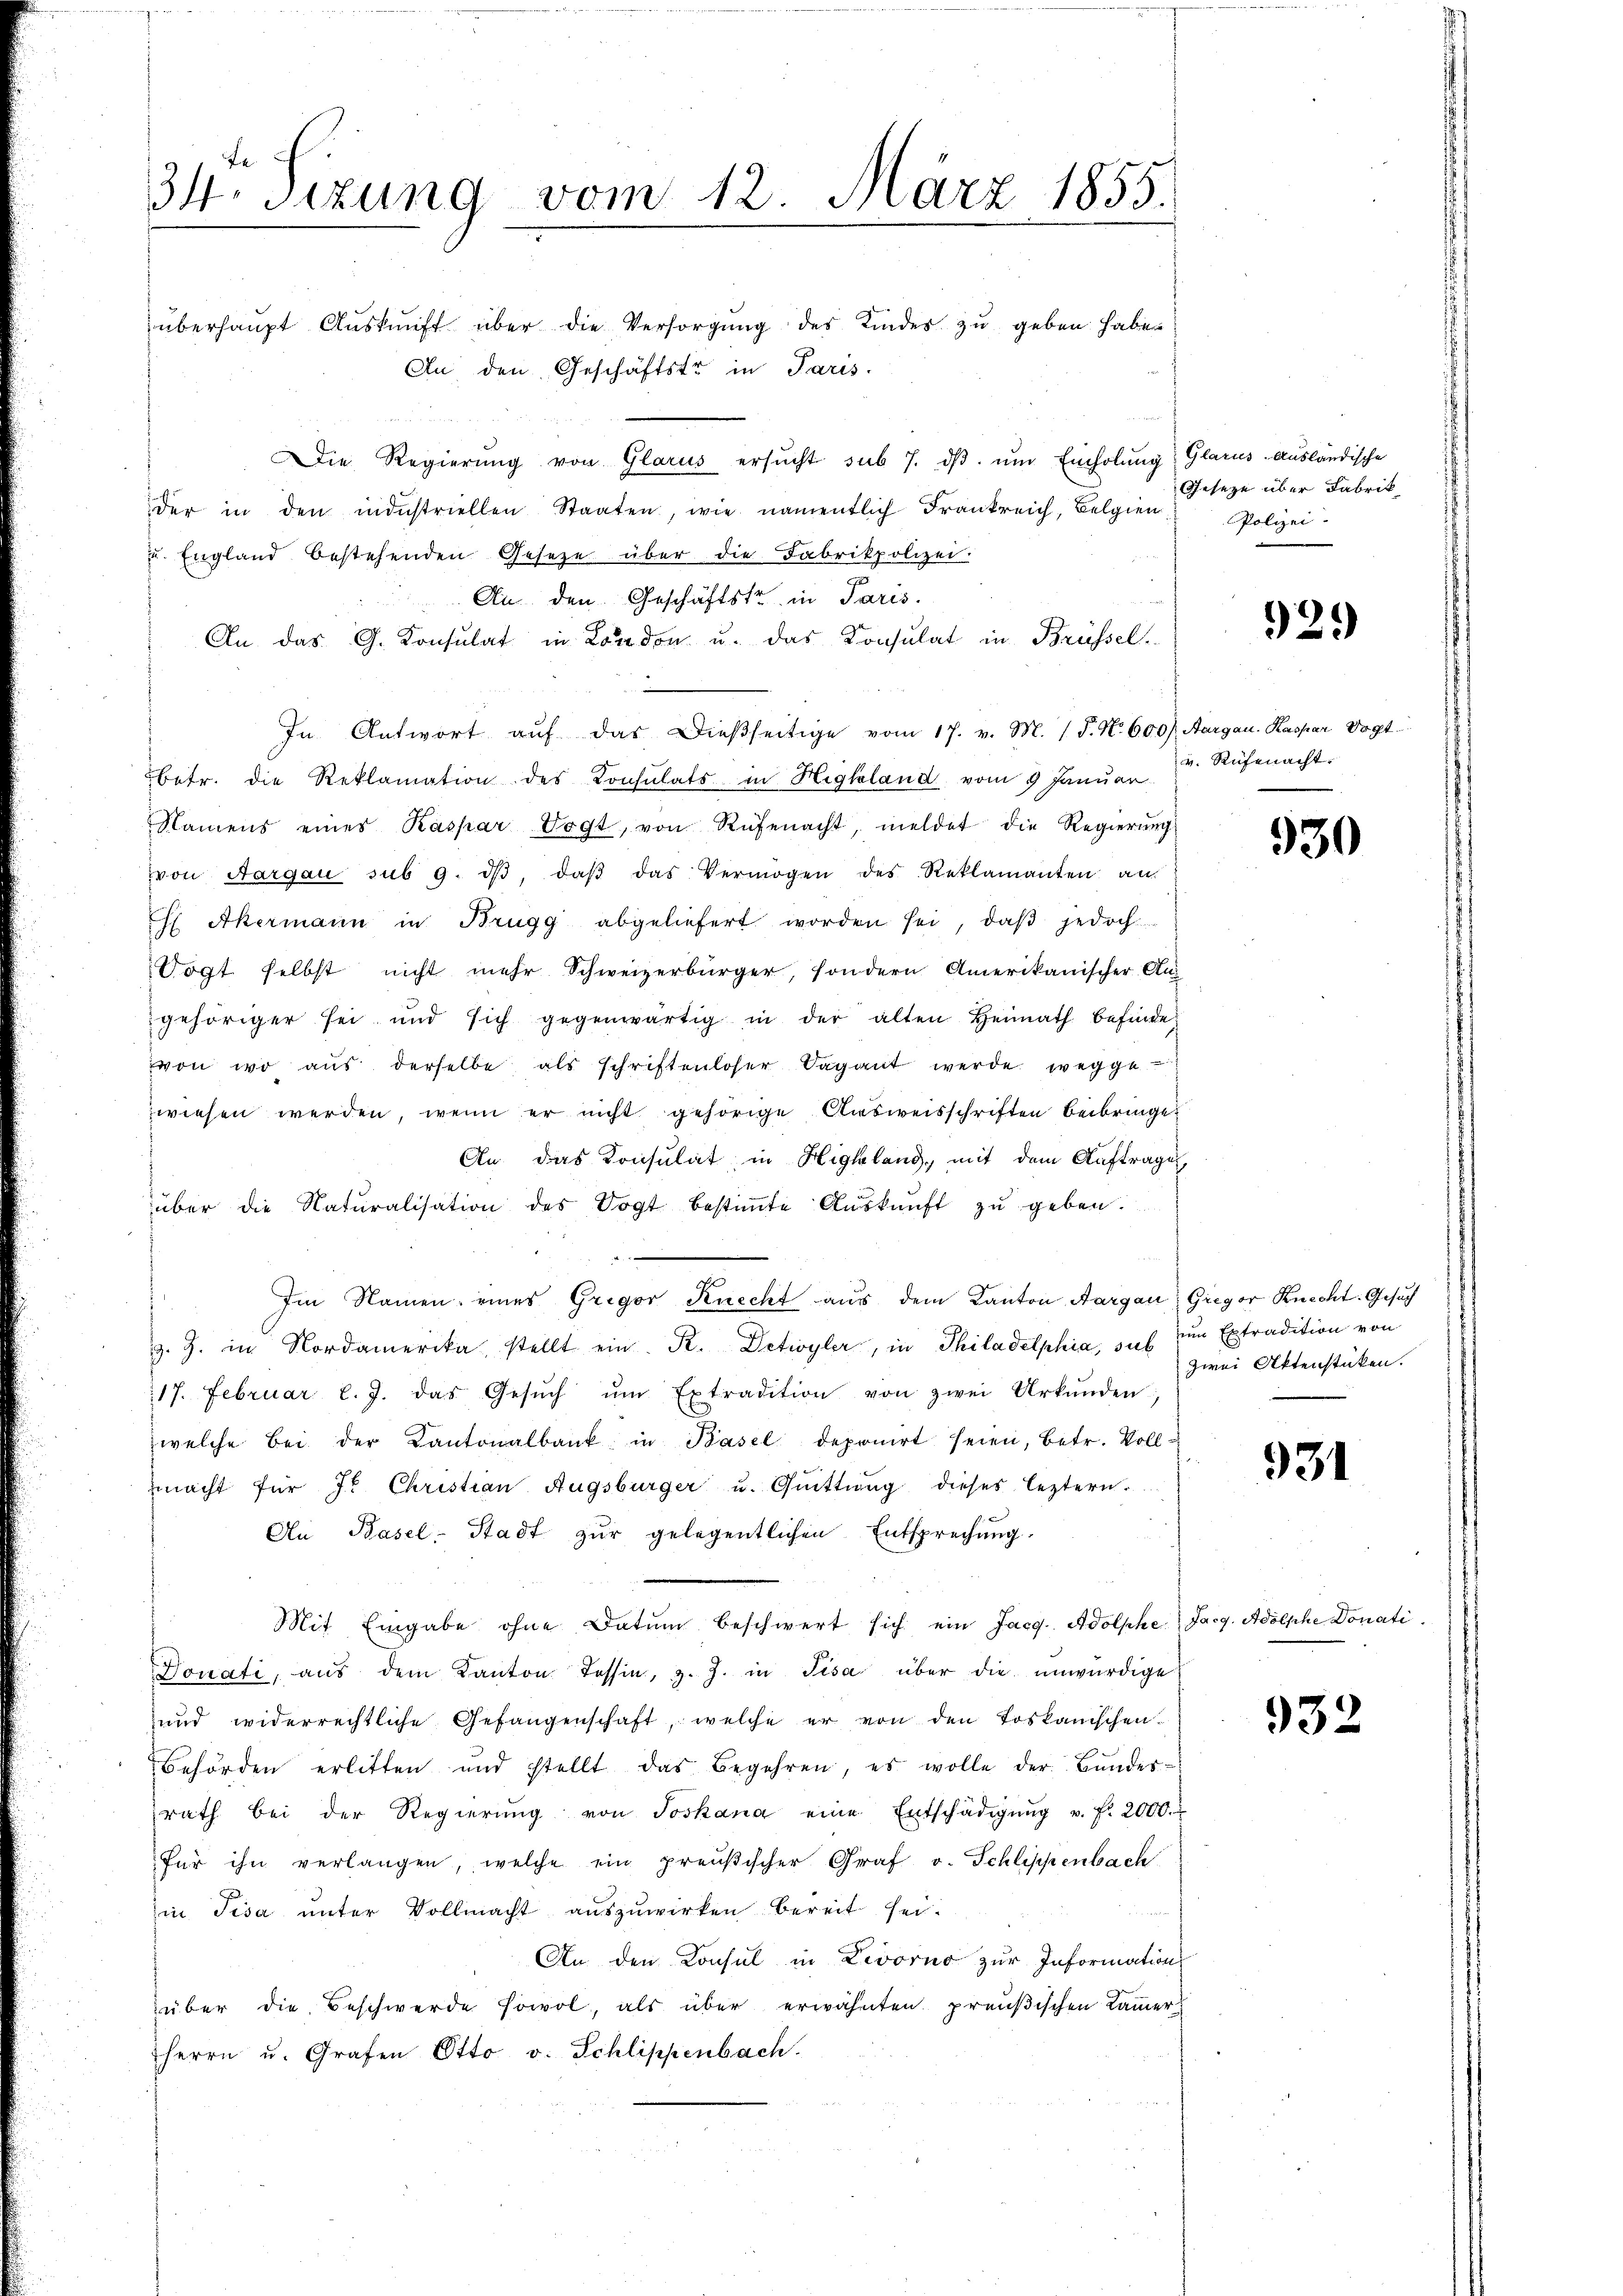
34 Sizung vom 12. März 1855.

überhaupt Auskunft über die Versorgung des Kindes zu geben habe.
An den Geschäftstr in Paris.
Die Regierŭng von Glarus ersŭcht sub 7. dβ. ŭm Einholŭng
der in den industriellen Staaten, wie namentlich Frankreich, Belgien,
u. England bestehenden Gesetze über die Fabrikpolizei.
An den Geschäftstr. in Paris.
An das G. Konsulat in London u. das Konsulat in Brüssel
In Antwort aŭf das dießseitige vom 17. v. M. (T. N. 600) Aargau, Kaspar Vogt
betr. die Reklamation des Consulats in Highland vom 9 Januar
Namens eines Kaspar Vogt, von Rüfenacht, meldet die Regierŭng
von Aargau sub 9. dβ, daβ das Vermögen des Reklamanten an
 Akermann in Brugg abgeliefert worden sei, daβ jedoch
Vogt selbst nicht mehr Schweizerbürger, sondern Amerikanischer Au
gehöriger sei und sich gegenwärtig in der alten Heimath befinde,
von wo aus derselbe als schriftenloser Sagant werde wegge
wiesen werden, wenn er nicht gehörige Ausweisschriften beibringe¬
An das Konsulat in Highland, mit dem Auftrages
über die Naturalisation des Vogt bestiṁte Aŭskŭnft zŭ geben.
Im Namen eines Gregor Knecht aus dem Kanton Aargau, Gregor Knecht. Gesuch
s
z. Z. in Nordamerika stellt ein R. Detivyler, in Philadelphia, das zum Extradition von
17. Februar l. J. das Gesŭch ŭm Extradition von zwei Urkŭnden
welche bei der Kantonalbank in Basel deponirt seien, betr. Vollmacht für J. Christian Augsburger u. Quittung dieses leztern.
An Basel-Stadt zŭr gelegentlichen Entsprechung.
Mit Eingabe ohne Datum beschwert sich ein Jac. Adolphe Jaeg. Adolphe Donati
Donati, aŭs dem Kanton Tessin, z. Z. in Pisa über die unwürdige
und widerrechtliche Gefangenschaft, welche er von den Toskanischen
behörden erlitten und stellt das Begehren, es wolle der Bŭndes-
rath bei der Regierŭng von Joskana eine Entschädigŭng u. f. 2000.
für ihn verlangen, welche ein preußischer Graf v. Schlippenbach
in Pisa unter Vollmacht auszuwirken bereit sei.
An den Consul in Livorno zur Information
über die Beschwerde sowol, als über erwähnten preußischen Kammer-
Herrn u. Grafen Otto v. Schlippenbach.

Glarus-Ausländische
Gesetze über Fabrik
Polizei.

929

v. Rüfenacht.

930

zwei Aktenstücken.

931

932